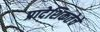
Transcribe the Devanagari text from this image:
प्रादेशिकतेचे